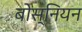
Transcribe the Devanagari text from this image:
बोस्नियन